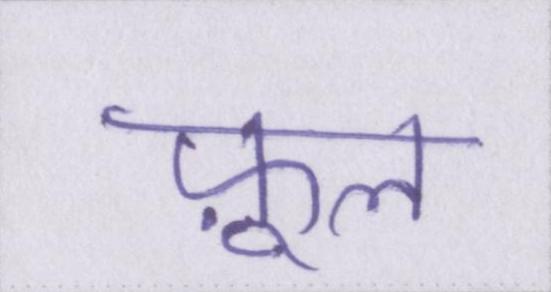
फ़ूल